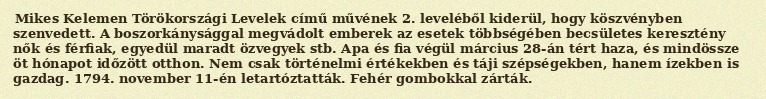
Mikes Kelemen Törökországi Levelek című művének 2. leveléből kiderül, hogy köszvényben szenvedett. A boszorkánysággal megvádolt emberek az esetek többségében becsületes keresztény nők és férfiak, egyedül maradt özvegyek stb. Apa és fia végül március 28-án tért haza, és mindössze öt hónapot időzött otthon. Nem csak történelmi értékekben és táji szépségekben, hanem ízekben is gazdag. 1794. november 11-én letartóztatták. Fehér gombokkal zárták.